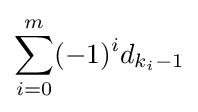
\sum _{i=0}^{m}(-1)^{i}d_{k_{i}-1}